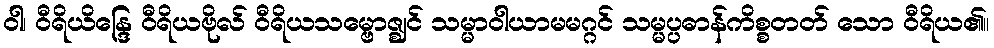
ဝါ၊ ဝီရိယိန္ဒြေ ဝီရိယဗိုလ် ဝီရိယသမ္ဗောဇ္ဈင် သမ္မာဝါယာမမဂ္ဂင် သမ္မပ္ပဓာန်ကိစ္စတတ် သော ဝီရိယ၏။